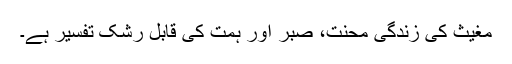
مغیث کی زندگی محنت، صبر اور ہمت کی قابل رشک تفسیر ہے۔